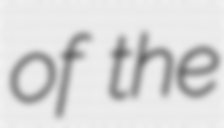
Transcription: of the